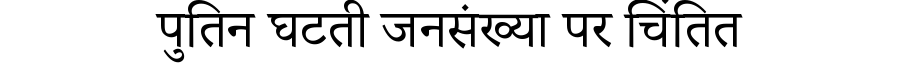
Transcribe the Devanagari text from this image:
पुतिन घटती जनसंख्या पर चिंतित